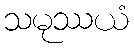
သမုဿယံ